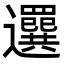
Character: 𦌻